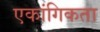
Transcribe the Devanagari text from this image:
एकांगिकता